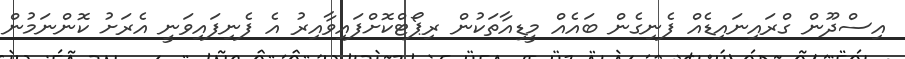
އިސްދޫން ގްރައިނައިޑެއް ފެނިގެން ބައެއް މީޑިއާތަކުން ރިޕޯޓްކޮށްފައިވާއިރު އެ ފެނިފައިވަނީ އެރަށު ކޮންނަމުން